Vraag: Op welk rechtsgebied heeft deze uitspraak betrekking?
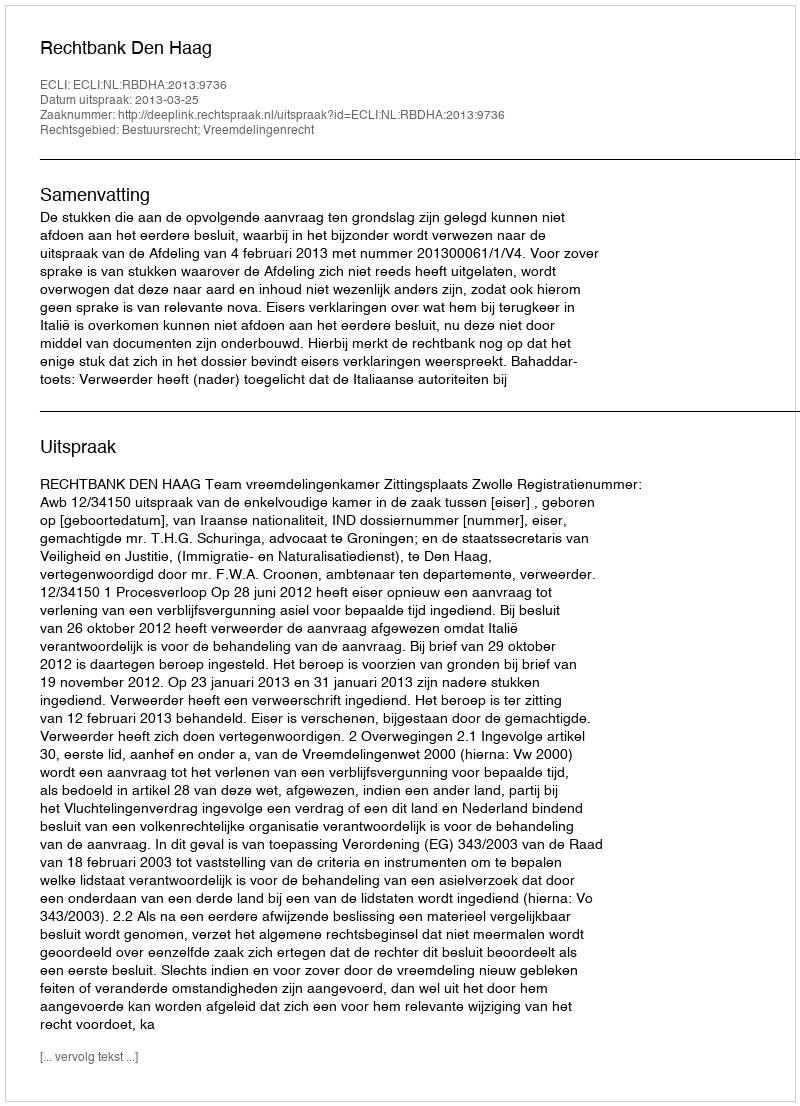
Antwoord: Bestuursrecht; Vreemdelingenrecht